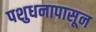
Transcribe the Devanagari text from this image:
पशुधनापासून